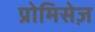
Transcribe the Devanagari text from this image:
प्रोमिसेज़